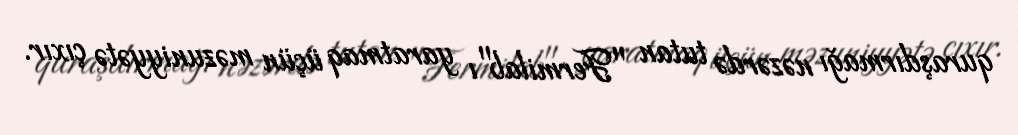
quraşdırmağı nəzərdə tutan "Fermilab"ı yaratmaq üçün məzuniyyətə çıxır.